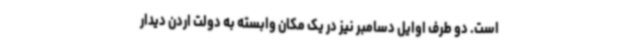
است. دو طرف اوایل دسامبر نیز در یک مکان وابسته به دولت اردن دیدار